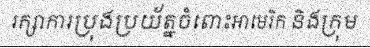
រក្សាការប្រុងប្រយ័ត្នចំពោះអាមេរិក និងក្រុម